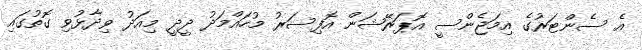
އެ ސެންޓަރުގެ އިމަޖެންސީ އޮޕަރޭޝަން އޮފިސަރު މުހައްމަދު ދީދީ މިއަދު ވިދާޅުވި ގޮތުގައި